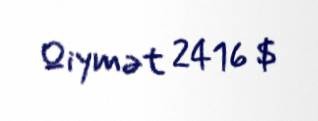
Qiymət 2416 $